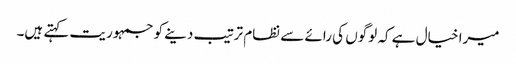
میرا خیال ہے کہ لوگوں کی رائے سے نظام ترتیب دینے کو جمہوریت کہتے ہیں۔